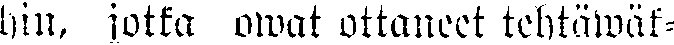
hin, jotka owat ottaneet tehtäwäk-